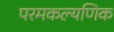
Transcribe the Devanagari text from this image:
परमकल्यणिक